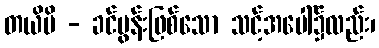
တယိပိ - ခင်ပွန်းဖြစ်သော သင့်အပေါ်၌လည်း၊